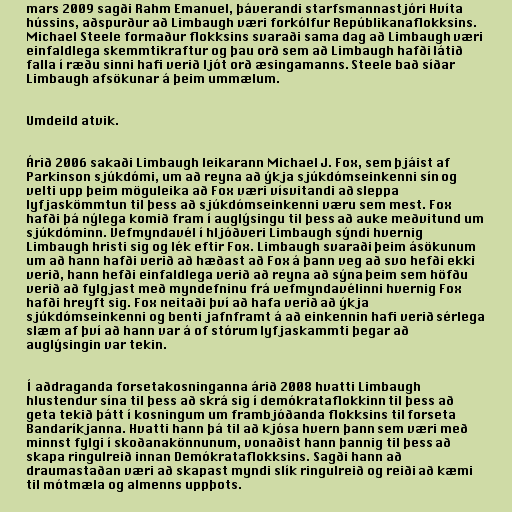
mars 2009 sagði Rahm Emanuel, þáverandi starfsmannastjóri Hvíta
hússins, aðspurður að Limbaugh væri forkólfur Repúblikanaflokksins.
Michael Steele formaður flokksins svaraði sama dag að Limbaugh væri
einfaldlega skemmtikraftur og þau orð sem að Limbaugh hafði látið
falla í ræðu sinni hafi verið ljót orð æsingamanns. Steele bað síðar
Limbaugh afsökunar á þeim ummælum.

Umdeild atvik.

Árið 2006 sakaði Limbaugh leikarann Michael J. Fox, sem þjáist af
Parkinson sjúkdómi, um að reyna að ýkja sjúkdómseinkenni sín og
velti upp þeim möguleika að Fox væri vísvitandi að sleppa
lyfjaskömmtun til þess að sjúkdómseinkenni væru sem mest. Fox
hafði þá nýlega komið fram í auglýsingu til þess að auke meðvitund um
sjúkdóminn. Vefmyndavél í hljóðveri Limbaugh sýndi hvernig
Limbaugh hristi sig og lék eftir Fox. Limbaugh svaraði þeim ásökunum
um að hann hafði verið að hæðast að Fox á þann veg að svo hefði ekki
verið, hann hefði einfaldlega verið að reyna að sýna þeim sem höfðu
verið að fylgjast með myndefninu frá vefmyndavélinni hvernig Fox
hafði hreyft sig. Fox neitaði því að hafa verið að ýkja
sjúkdómseinkenni og benti jafnframt á að einkennin hafi verið sérlega
slæm af því að hann var á of stórum lyfjaskammti þegar að
auglýsingin var tekin.

Í aðdraganda forsetakosninganna árið 2008 hvatti Limbaugh
hlustendur sína til þess að skrá sig í demókrataflokkinn til þess að
geta tekið þátt í kosningum um frambjóðanda flokksins til forseta
Bandaríkjanna. Hvatti hann þá til að kjósa hvern þann sem væri með
minnst fylgi í skoðanakönnunum, vonaðist hann þannig til þess að
skapa ringulreið innan Demókrataflokksins. Sagði hann að
draumastaðan væri að skapast myndi slík ringulreið og reiði að kæmi
til mótmæla og almenns uppþots.